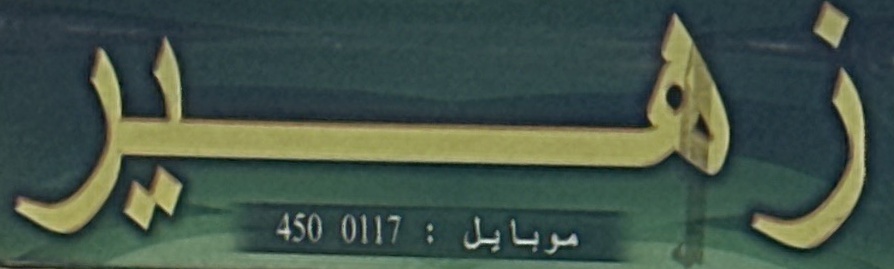
زهير